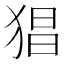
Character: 猖